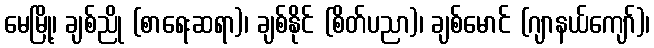
မေမြို့၊ ချစ်ညို (စာရေးဆရာ)၊ ချစ်နိုင် (စိတ်ပညာ)၊ ချစ်မောင် (ဂျာနယ်ကျော်)၊